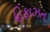
હિફાઝત